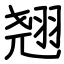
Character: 翘